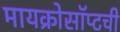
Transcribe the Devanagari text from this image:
मायक्रोसॉप्टची